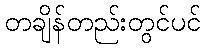
တချိန်တည်းတွင်ပင်